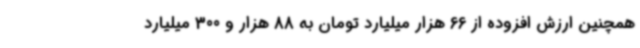
همچنین ارزش افزوده از 66 هزار میلیارد تومان به 88 هزار و 300 میلیارد